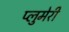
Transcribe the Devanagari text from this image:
प्लुमेरी